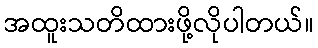
အထူးသတိထားဖို့လိုပါတယ်။